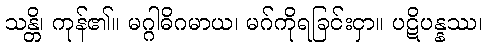
သန္တိ၊ ကုန်၏။ မဂ္ဂါဓိဂမာယ၊ မဂ်ကိုရခြင်းငှာ။ ပဋိပန္နဿ၊